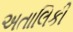
અતાલિકી